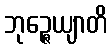
ဘုဉ္ဇေယျာတိ